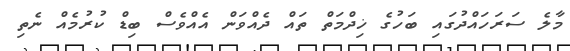
މާލެ ސަރަހައްދުގައި ބަހުގެ ޚިދްމަތް ތައް ދެއްވަން އެއްވެސް ބިޑް ކުރުމެއް ނެތި